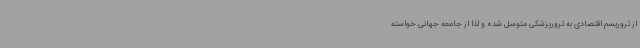
از تروریسم اقتصادی به ترورپزشکی متوسل شده و لذا از جامعه جهانی خواسته